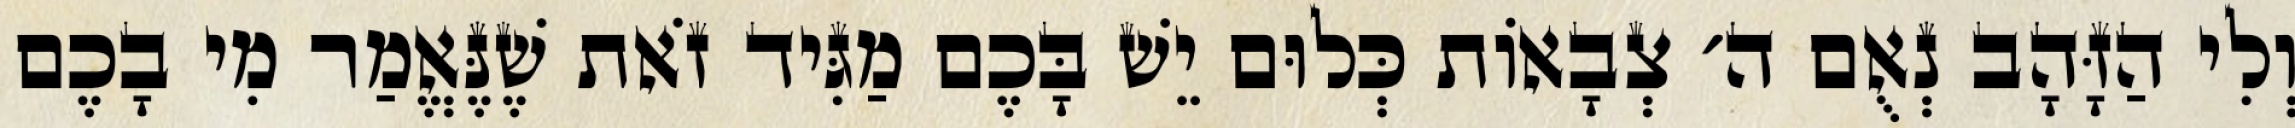
וְלִי הַזָּהָב נְאֻם ה׳ צְבָאוֹת כְּלוּם יֵשׁ בָּכֶם מַגִּיד זֹאת שֶׁנֶּאֱמַר מִי בָכֶם